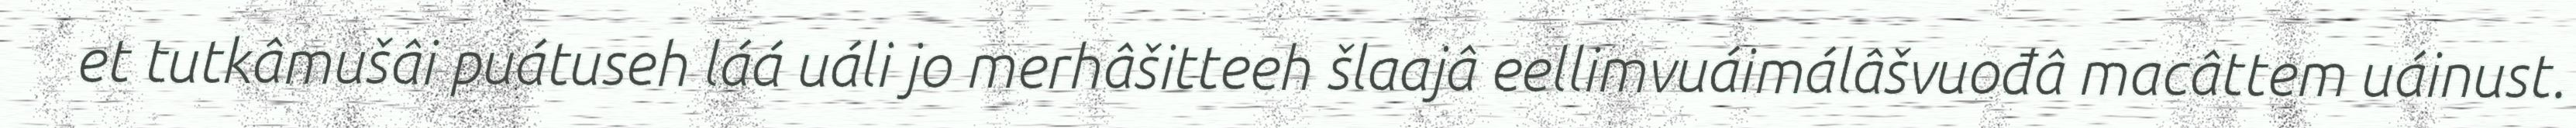
et tutkâmušâi puátuseh láá uáli jo merhâšitteeh šlaajâ eellimvuáimálâšvuođâ macâttem uáinust.